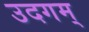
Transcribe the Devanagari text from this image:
उदगम्